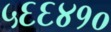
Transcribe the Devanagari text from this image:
५६६४१०